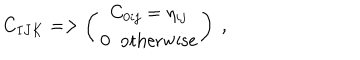
C _ { I J K } = > \left( \begin{matrix} { { C _ { 0 i j } = \eta _ { i j } } } \\ { { 0 \; \; \mathrm { o t h e r w i s e } } } \\ \end{matrix} \right) \ ,